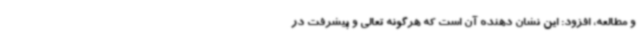
و مطالعه، افزود: این نشان دهنده آن است که هرگونه تعالی و پیشرفت در